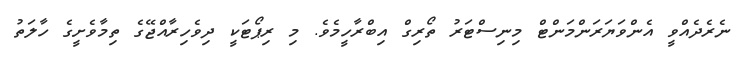
ނެރެދެއްވީ އެންވަޔަރަންމަންޓް މިނިސްޓަރު ތޯރިގް އިބްރާހީމެވެ. މި ރިޕޯޓަކީ ދިވެހިރާއްޖޭގެ ތިމާވެށީގެ ހާލަތު